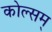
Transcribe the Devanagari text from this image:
कोल्सम्‌